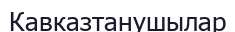
Кавказтанушылар